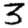
Digit: 3